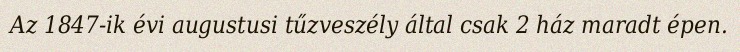
Az 1847-ik évi augustusi tűzveszély által csak 2 ház maradt épen.